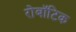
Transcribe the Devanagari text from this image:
रोबॉटिक